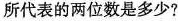
所代表的两位数是多少？